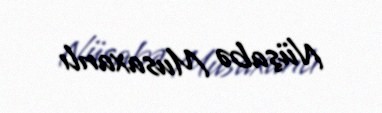
Nüşabə Musaxanlı